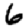
Digit: 6